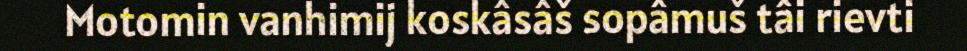
Motomin vanhimij koskâsâš sopâmuš tâi rievti